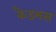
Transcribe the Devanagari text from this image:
कैडमस